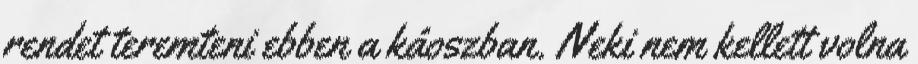
rendet teremteni ebben a káoszban. Neki nem kellett volna